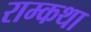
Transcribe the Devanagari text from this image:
राम्कथा